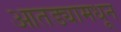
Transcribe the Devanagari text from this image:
आतड्यामधून